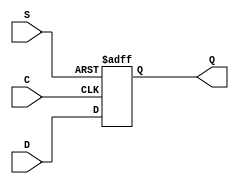
module SB_DFFNS (output Q, input C, S, D);
	reg Q = 0;
	always @(negedge C, posedge S)
		if (S)
			Q <= 1;
		else
			Q <= D;
endmodule